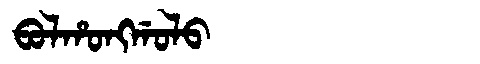
Manchu: ᠪᠣᠯᡥᠣᠩᡤᠣᠯᠣ
Romanization: BOLHONGGOLO